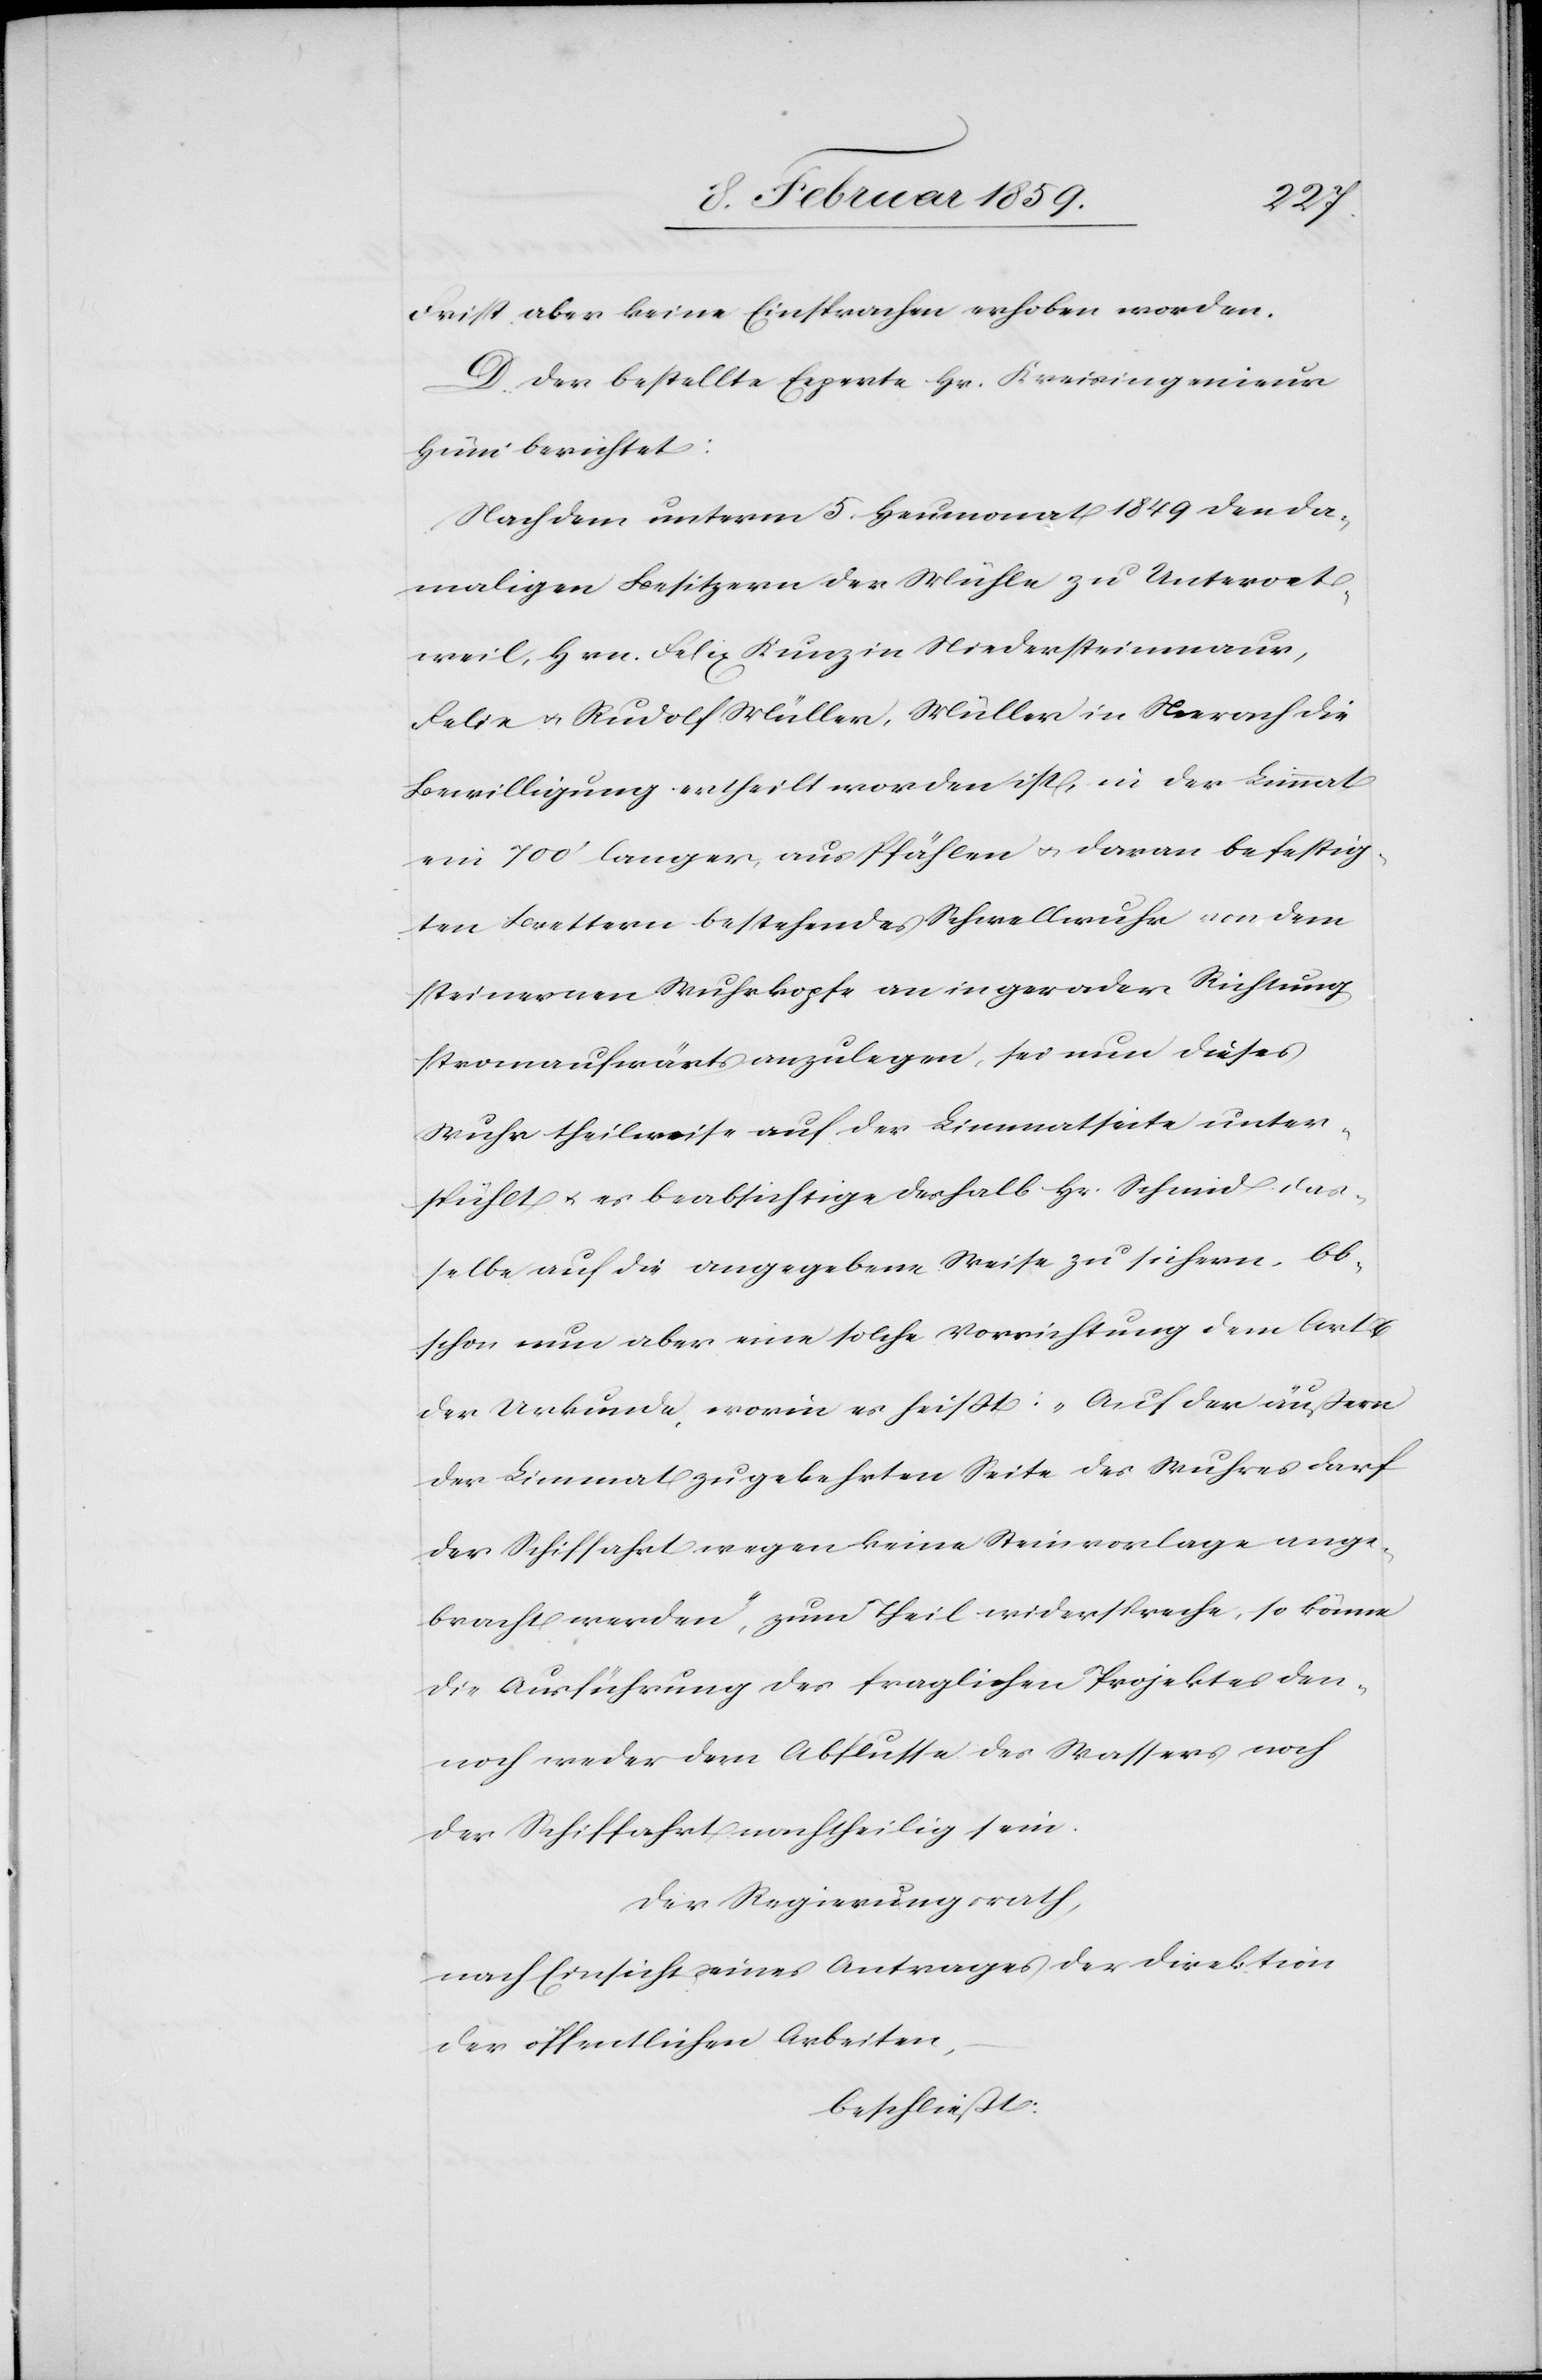
Frist aber keine Einsprachen erhoben worden.
D. Der bestellte Experte Hr. Kreisingenieur
Hüni berichtet:
Nachdem unterm 5. Heumonat 1849 den da¬
maligen Besitzern der Mühle zu Unteroet¬
weil, Hrn. Felix Kunz in Niedersteinmaur,
Felix u. Rudolf Müller, Müller in Neerach die
Bewilligung ertheilt worden ist, in der Limmat
ein 700‘ langer, aus Pfählen u. daran befestig¬
ten Brettern besehendes Schwellwuhr von dem
steinernen Wuhrkopfe an in gerader Richtung
stromaufwärts anzulegen, sei nun dieses
Wuhr theilweise auf der Limmatseite unter¬
spühlt u. es beabsichtige deshalb Hr. Schmid das¬
selbe auf die angegebene Weise zu sichern. Ob¬
schon nun aber eine solche Vorrichtung dem Art. 6
der Urkunde worin es heißt: „Auf der äußern
der Limmat zugekehrten Seite des Wuhres darf
der Schiffahrt wegen keine Steinvorlage ange¬
bracht werden“, zum Theil widerspreche, so könne
die Ausführung des fraglichen Projektes den¬
noch weder dem Abflusse des Wassers noch
der Schiffahrt nachtheilig sein.
Der Regierungsrath,
nach Einsicht eines Antrages der Direktion
der öffentlichen Arbeiten,
beschließt: